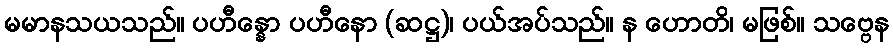
မမာနသယသည်။ ပဟီန္နော ပဟီနော (ဆဋ္ဌ)၊ ပယ်အပ်သည်။ န ဟောတိ၊ မဖြစ်။ သဗ္ဗေန